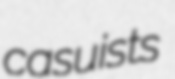
casuists